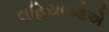
લહિયાઓએ